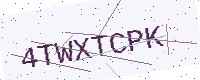
Text: 4TWXTCPK